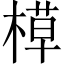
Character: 𬃸